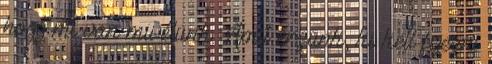
hogy mi van mivélünk. Amit érzünk, ki kell fejezni